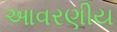
આવરણીય